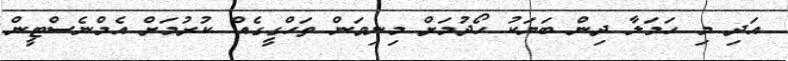
އަދި މި ހަމަލާ ދިން ބަޔަކު ހޯދުމަށް މިނިވަން ތަހްގީގެއް ކުރުމަށް އެމްނެސްޓީން